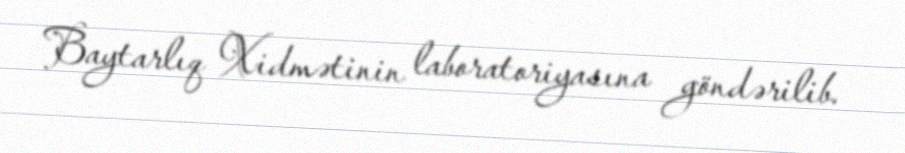
Baytarlıq Xidmətinin laboratoriyasına göndərilib.